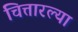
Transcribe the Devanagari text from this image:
चित्तारल्या